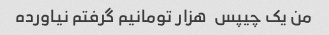
من یک چیپس  هزار تومانیم گرفتم نیاورده